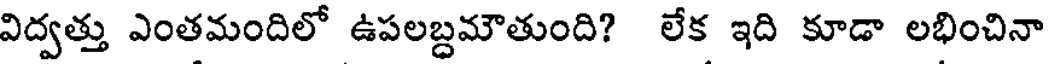
విద్వత్తు ఎంతమందిలో ఉపలబ్దమౌతుంది? లేక ఇది కూడా లభించినా